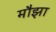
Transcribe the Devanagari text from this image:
मौझा